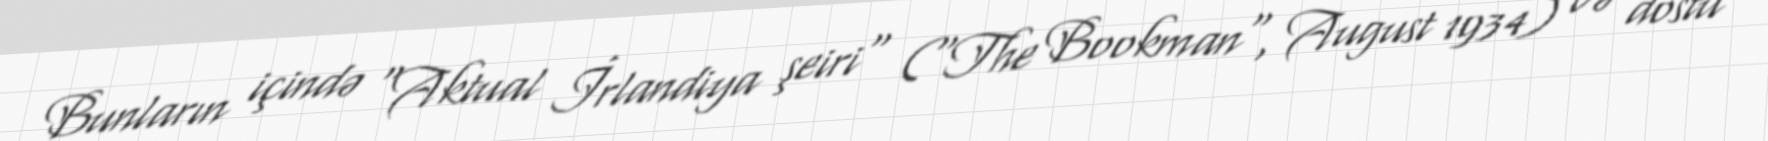
Bunların içində "Aktual İrlandiya şeiri" ("The Bookman", August 1934) və dostu